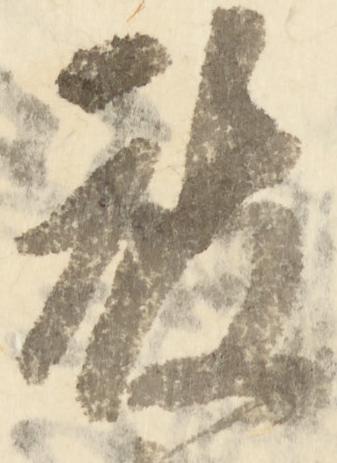
被